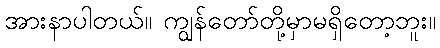
အားနာပါတယ်။ ကျွန်တော်တို့မှာမရှိတော့ဘူး။